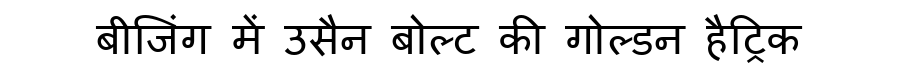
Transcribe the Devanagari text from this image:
बीजिंग में उसैन बोल्ट की गोल्डन हैट्रिक